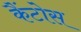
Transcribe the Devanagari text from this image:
कैंटोस